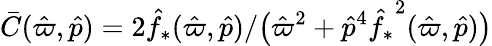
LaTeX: \bar{C}(\hat{\varpi},\hat{p})={2{\hat{f}_{*}}(\hat{\varpi},\hat{p})}/\big({\hat{\varpi}^{2}+\hat{p}^{4}{\hat{f}_{*}}^{2}(\hat{\varpi},\hat{p})}\big)